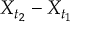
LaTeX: X _ { t _ { 2 } } - X _ { t _ { 1 } }